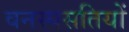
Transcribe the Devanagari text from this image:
वनस्पसतियों